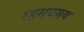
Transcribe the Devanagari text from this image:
रहसयमय